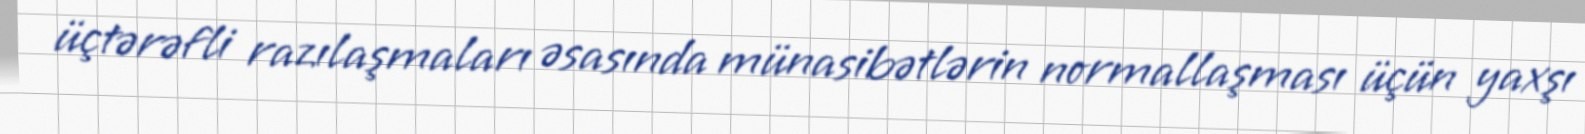
üçtərəfli razılaşmaları əsasında münasibətlərin normallaşması üçün yaxşı